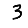
Digit: 3